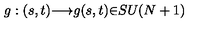
g : ( s , t ) { \longrightarrow } g ( s , t ) { \in } S U ( N + 1 )